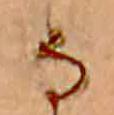
な